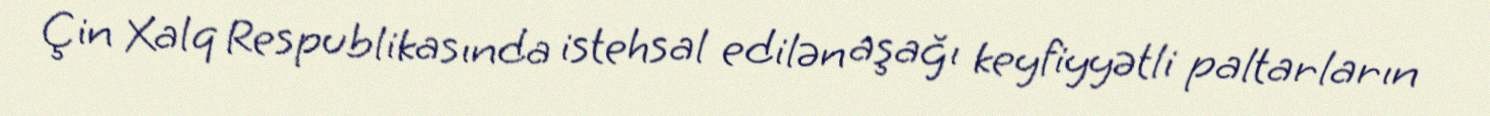
Çin Xalq Respublikasında istehsal edilən aşağı keyfiyyətli paltarların